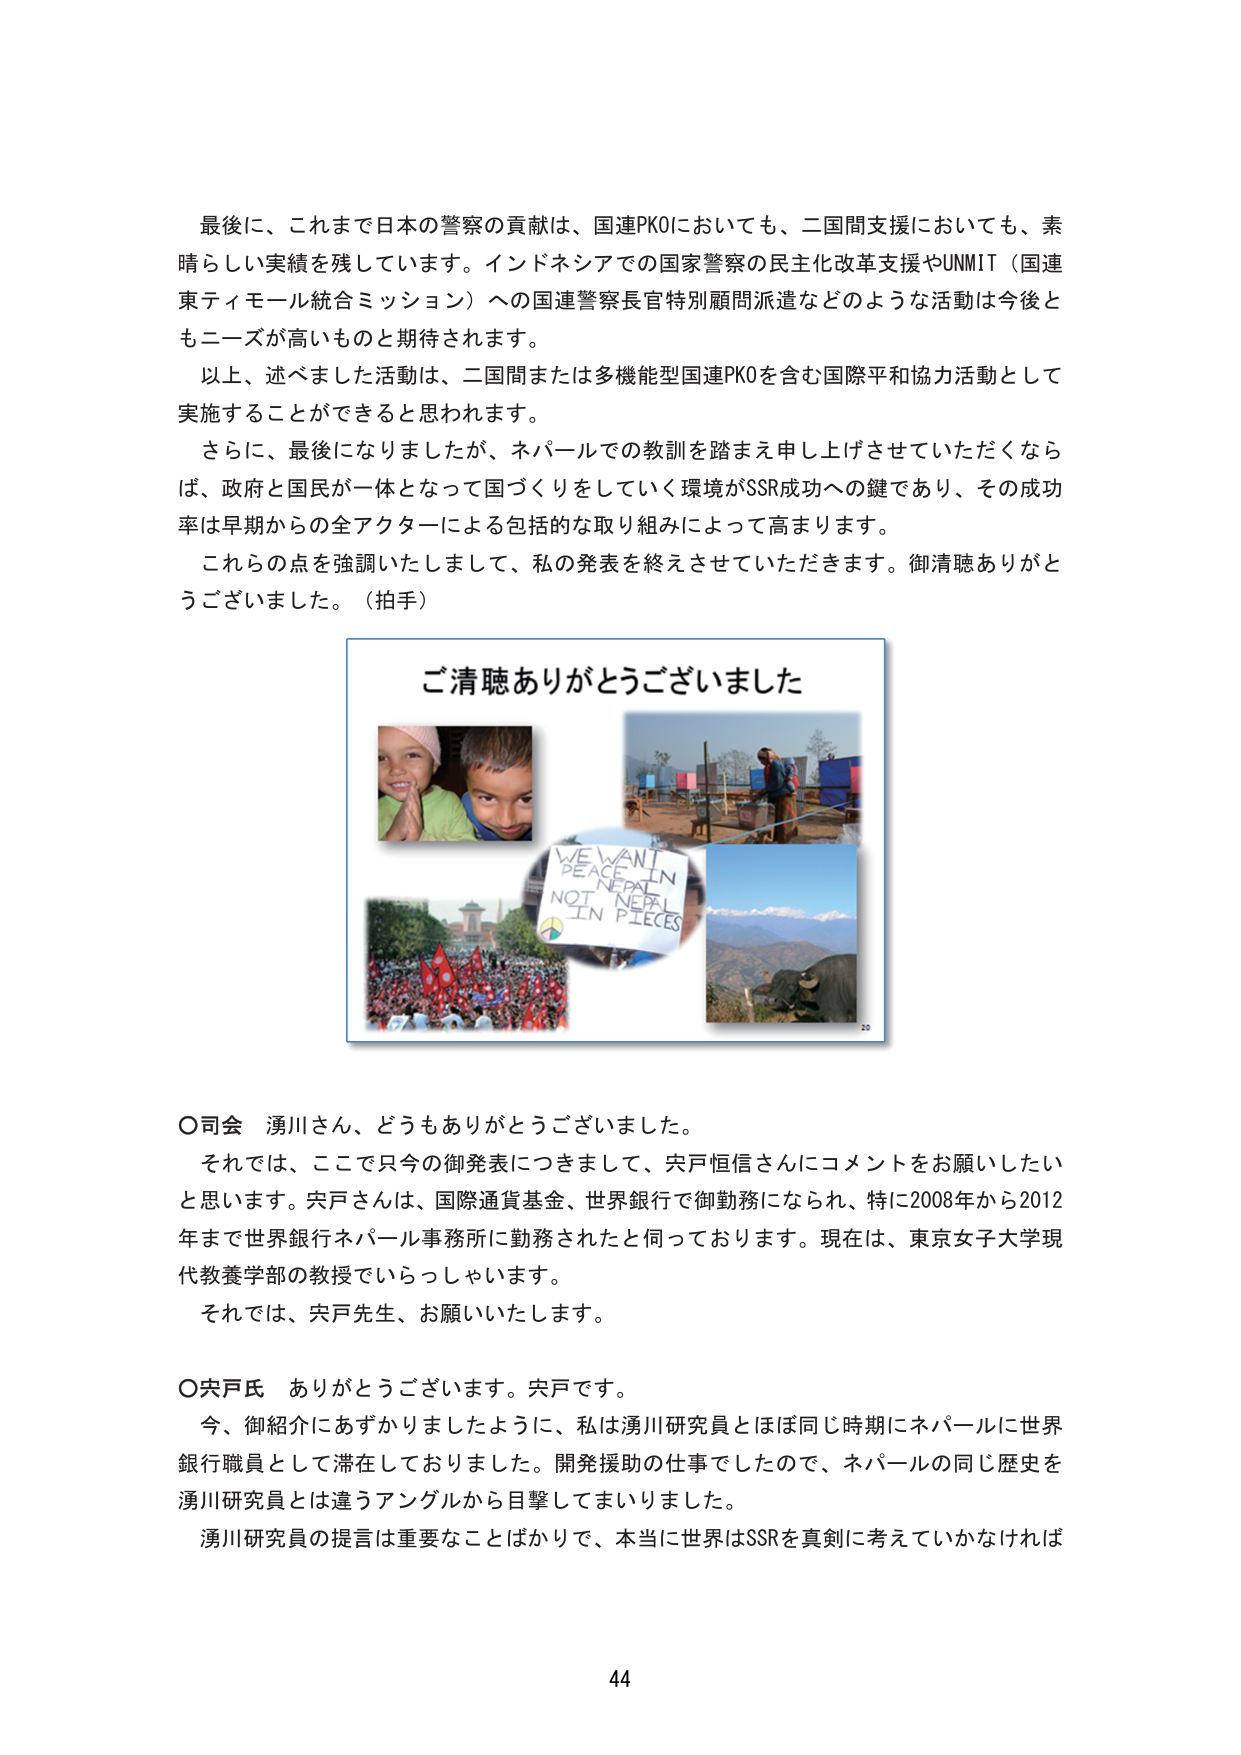
最後に、これまで日本の警察の貢献は、国連PKOにおいても、二国間支援においても、素晴らしい実績を残しています。インドネシアでの国家警察の民主化改革支援やUNMIT（国連東ティモール統合ミッション）への国連警察長官特別顧問派遣などのような活動は今後ともニーズが高いものと期待されます。

以上、述べました活動は、二国間または多機能型国連PKOを含む国際平和協力活動として実施することができると思われます。

さらに、最後になりましたが、ネパールでの教訓を踏まえ申し上げさせていただきたくならば、政府と国民が一体となって国づくりをしていく環境がSSR成功への鍵であり、その成功率は早期からの全アクターによる包括的な取り組みによって高まります。

これらの点を強調いたしまして、私の発表を終えさせていただきます。御清聴ありがとうございました。（拍手）

ご清聴ありがとうございました

WE WANT
PEACE IN
NEPAL
NOT NEPAL
IN PIECES

〇司会 湧川さん、どうもありがとうございました。

それでは、ここで只今の御発表につきまして、宍戸恒信さんにコメントをお願いしたいと思います。宍戸さんは、国際通貨基金、世界銀行で御勤務になられ、特に2008年から2012年まで世界銀行ネパール事務所に勤務されたと伺っております。現在は、東京女子大学現代教養学部の教授でいらっしゃいます。

それでは、宍戸先生、お願いいたします。

〇宍戸氏 ありがとうございます。宍戸です。

今、御紹介にあずかりましたように、私は湧川研究員とほぼ同じ時期にネパールに世界銀行職員として滞在しておりました。開発援助の仕事でしたので、ネパールの同じ歴史を湧川研究員とは違うアングルから目撃してまいりました。

湧川研究員の提言は重要なことばかりで、本当に世界はSSRを真剣に考えていかなければ

44